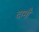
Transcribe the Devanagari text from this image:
दामौ